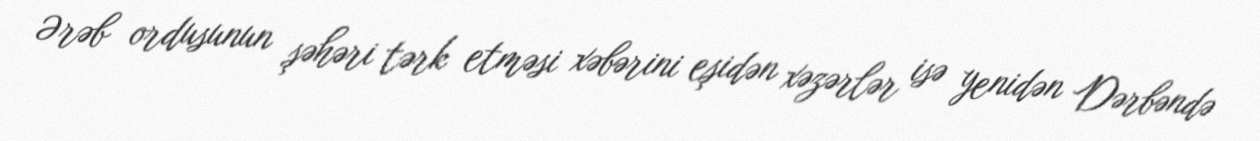
Ərəb ordusunun şəhəri tərk etməsi xəbərini eşidən xəzərlər isə yenidən Dərbəndə